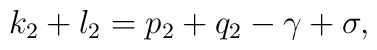
k_2 + l_2 = p_2 + q_2 - \gamma + \sigma ,